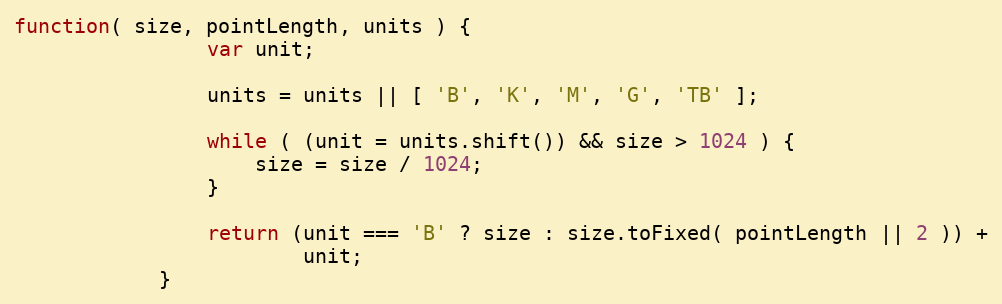
Language: JavaScript
function( size, pointLength, units ) {
                var unit;

                units = units || [ 'B', 'K', 'M', 'G', 'TB' ];

                while ( (unit = units.shift()) && size > 1024 ) {
                    size = size / 1024;
                }

                return (unit === 'B' ? size : size.toFixed( pointLength || 2 )) +
                        unit;
            }